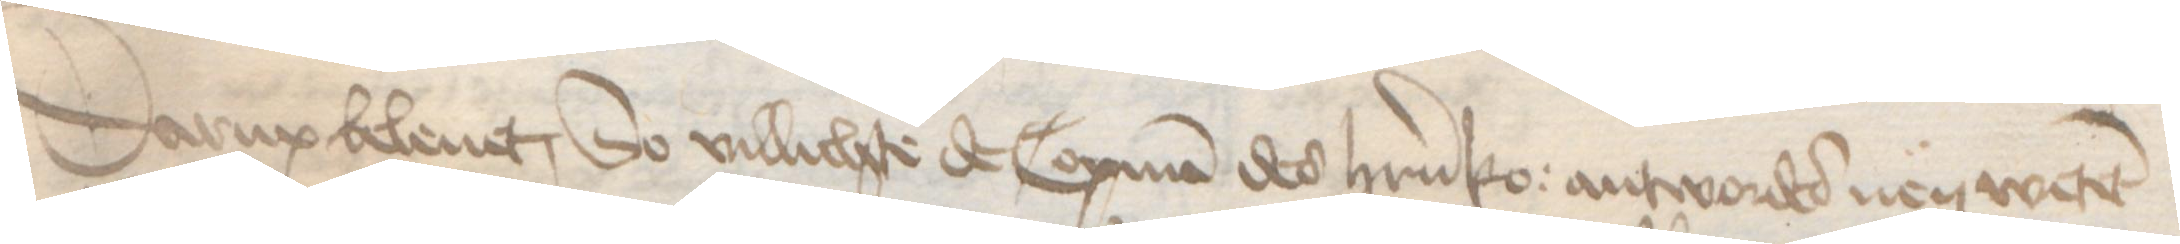
Darup beleuet, So villichte de Copman des herrn ko: antwordes nen wetet